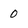
Character: 0